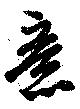
意